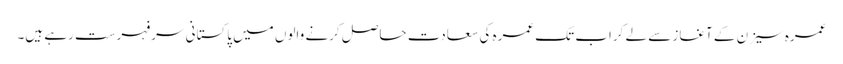
عمرہ سیزن کے آغاز سے لے کراب تک عمرہ کی سعادت حاصل کرنے والوں میں پاکستانی سرفہرست رہے ہیں۔